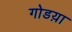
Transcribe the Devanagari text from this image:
गोडय़ा